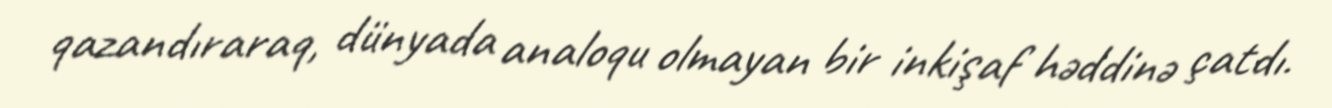
qazandıraraq, dünyada analoqu olmayan bir inkişaf həddinə çatdı.